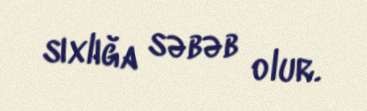
sıxlığa səbəb olur.